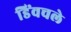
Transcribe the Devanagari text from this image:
डिंवचले